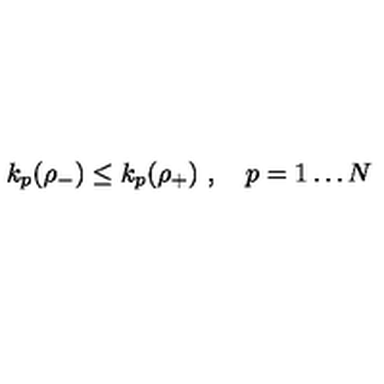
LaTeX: k _ { p } ( \rho _ { - } ) \leq k _ { p } ( \rho _ { + } ) \ , \quad p = 1 \dots N